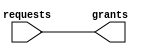
module oh_arbiter #( parameter N    = 1,
		     parameter TYPE = "FIXED" // or ROUNDROBIN, FAIR
		     ) 
   (
    input [N-1:0]  requests, //request vector
    output [N-1:0] grants    //grant (one hot)
    );

   wire [N-1:0]   waitmask; 
   genvar 	  j;     
   generate       
      if(TYPE=="FIXED")
	begin : arbiter_fixed
	   assign waitmask[0]   = 1'b0;      
	   for (j=N-1; j>=1; j=j-1) 
	     begin : gen_arbiter     
		assign waitmask[j] = |requests[j-1:0];
	     end
	end
   endgenerate
      
   //grant circuit
   assign grants[N-1:0] = requests[N-1:0] & ~waitmask[N-1:0];
   
endmodule